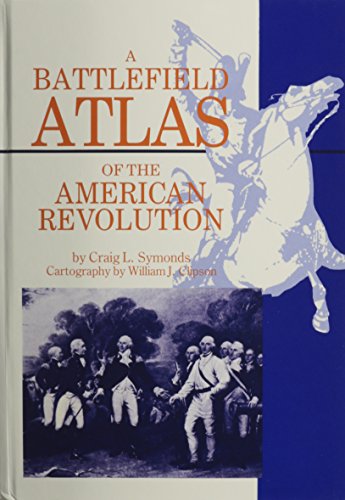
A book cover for A Battlefield Atlas of the American Revolution; Craig L. Symonds; History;